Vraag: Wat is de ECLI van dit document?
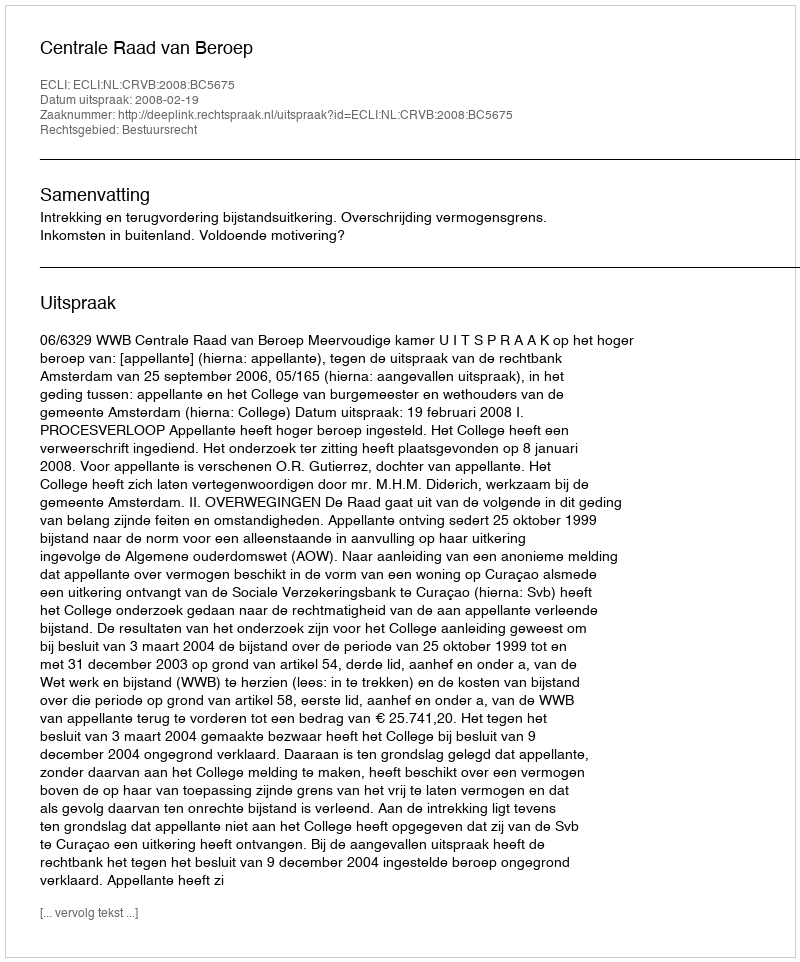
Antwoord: ECLI:NL:CRVB:2008:BC5675